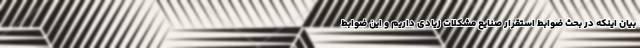
بیان اینکه در بحث ضوابط استقرار صنایع مشکلات زیادی داریم و این ضوابط